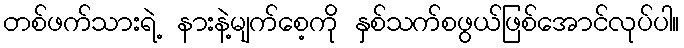
တစ်ဖက်သားရဲ့ နားနဲ့မျက်စေ့ကို နှစ်သက်စဖွယ်ဖြစ်အောင်လုပ်ပါ။